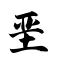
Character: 垩